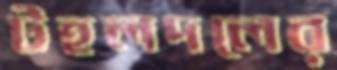
টহলদলের